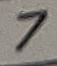
Text: 7